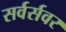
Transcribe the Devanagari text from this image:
सर्वर्सवर